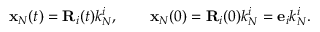
\begin{array} { r } { { \bf x } _ { N } ( t ) = { \bf R } _ { i } ( t ) k _ { N } ^ { i } , \qquad { \bf x } _ { N } ( 0 ) = { \bf R } _ { i } ( 0 ) k _ { N } ^ { i } = { \bf e } _ { i } k _ { N } ^ { i } . } \end{array}